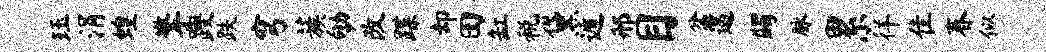
珏涓蝗擎躞跌穹蔟劬改蹀却田缸税黛遁邢目盆遏蠲脉累徉隹春似